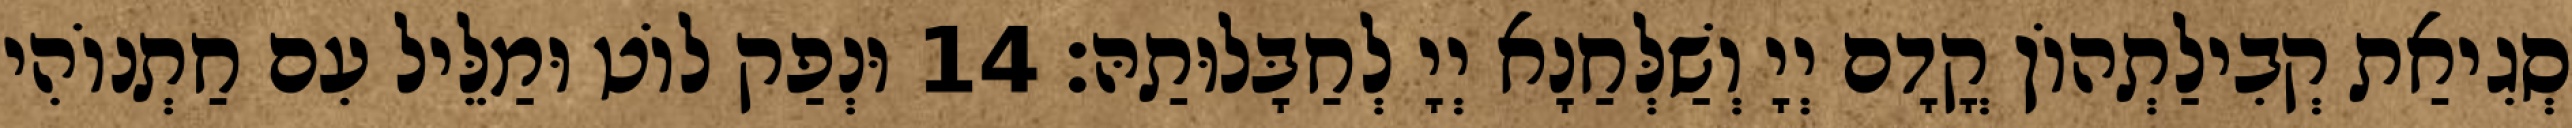
סְגִיאַת קְבִילַתְהוֹן קֳדָם יְיָ וְשַׁלְּחַנָא יְיָ לְחַבָּלוּתַהּ׃ 14 וּנְפַק לוֹט וּמַלֵּיל עִם חַתְנוֹהִי